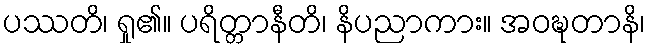
ပဿတိ၊ ရှု၏။ ပရိတ္တာနီတိ၊ နိပညာကား။ အဝဍ္ဎတာနိ၊